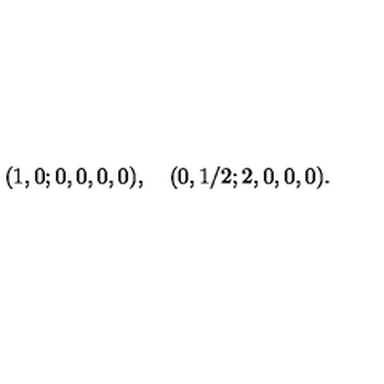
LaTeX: ( 1 , 0 ; 0 , 0 , 0 , 0 ) , \quad ( 0 , 1 / 2 ; 2 , 0 , 0 , 0 ) .